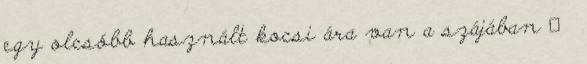
egy olcsóbb használt kocsi ára van a szájában 🙂